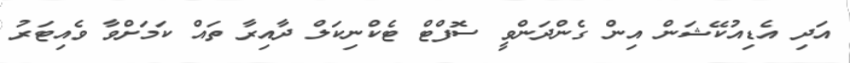
އަދި އެޑިއުކޭޝަން އިން ގެންދަންވީ ސޮފްޓް ޓެކްނިކަލް ދާއިރާ ތައް ކަމަށްވާ ވެއިޓަރު